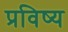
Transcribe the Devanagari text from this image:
प्रविष्य